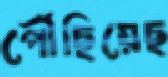
পৌঁছিয়েছ